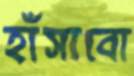
হাঁসাবো